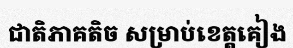
ជាតិភាគតិច សម្រាប់ខេត្តគៀង